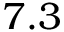
7 . 3